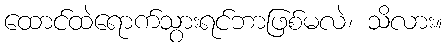
ထောင်ထဲရောက်သွားရင်ဘာဖြစ်မလဲ၊ သိလား။